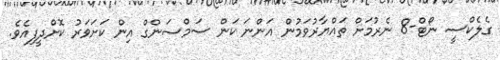
ގެލެކްސީ ނޯޓް-8 ނެރުމަށް ތައްޔާރުވަމުން އަންނަ ކަން ސަމްސަންގް އިން ކަށަވަރު ކޮށްދީފިއެވެ.